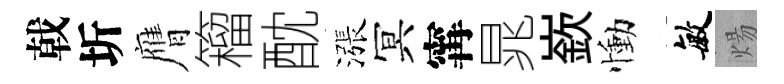
戟圻膺籕酖漲冥𡩋晁嶔慟敏煬